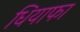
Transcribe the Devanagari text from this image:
धियाफा